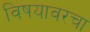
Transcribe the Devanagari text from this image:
विषयावरचा